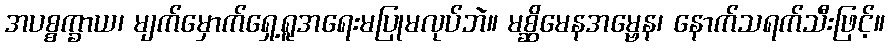
အပစ္စက္ခာယ၊ မျက်မှောက်ရှေ့ရူအရေးမပြုမလုပ်ဘဲ။ မစ္ဆိမေနအမ္ဗေန၊ နောက်သရက်သီးဖြင့်။